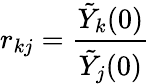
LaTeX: r_{kj}=\frac{\tilde{Y}_{k}(0)}{\tilde{Y}_{j}(0)}